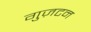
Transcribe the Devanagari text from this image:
गुज़टन